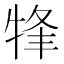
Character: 㸼